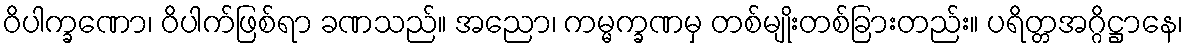
ဝိပါက္ခဏော၊ ဝိပါက်ဖြစ်ရာ ခဏသည်။ အညော၊ ကမ္မက္ခဏမှ တစ်မျိုးတစ်ခြားတည်း။ ပရိတ္တအဂ္ဂိဋ္ဌာနေ၊